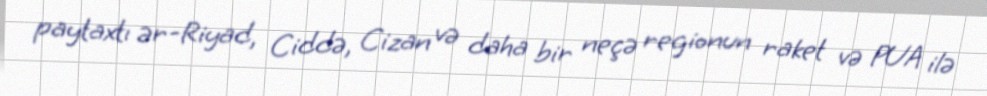
paytaxtı ər-Riyad, Ciddə, Cizan və daha bir neçə regionun raket və PUA ilə